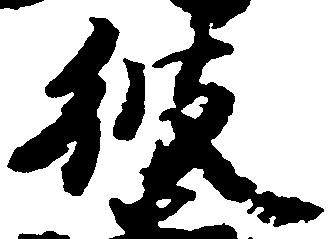
彼